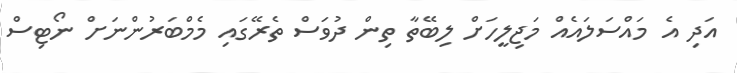
އަދިި އެ މައްސަލައެއް މަޖިލީހަށް ލިބޭތާ ތިން ދުވަސް ތެރޭގައި މެމްބަރުންނަށް ނޯޓިސް